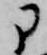
に